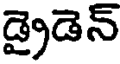
డ్రైడెన్